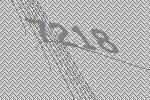
7218